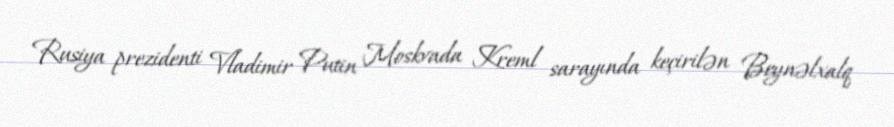
Rusiya prezidenti Vladimir Putin Moskvada Kreml sarayında keçirilən Beynəlxalq